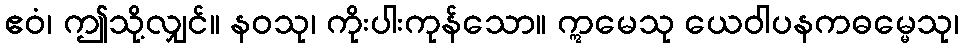
ဧဝံ၊ ဤသို့လျှင်။ နဝသု၊ ကိုးပါးကုန်သော။ ဣမေသု ယေဝါပနကဓမ္မေသု၊